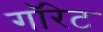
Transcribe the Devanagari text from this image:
गॉरेट